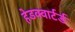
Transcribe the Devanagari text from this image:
हेडक्वार्टर्ड